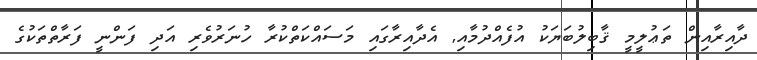
ދާއިރާއިން ތަޢުލީމީ ޤާބިލުބަޔަކު އުފެއްދުމާއި